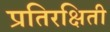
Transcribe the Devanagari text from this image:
प्रतिरक्षिती